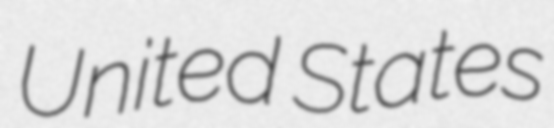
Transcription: United States